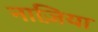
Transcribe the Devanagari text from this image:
नाज़िया